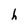
Character: h